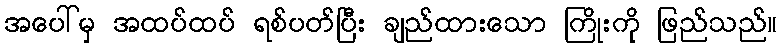
အပေါ်မှ အထပ်ထပ် ရစ်ပတ်ပြီး ချည်ထားသော ကြိုးကို ဖြည်သည်။